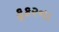
કૂકરના